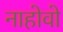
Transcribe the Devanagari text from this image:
नाहोवो